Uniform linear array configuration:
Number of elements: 48
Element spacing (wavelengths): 0.25
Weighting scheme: exponential
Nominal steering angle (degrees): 45
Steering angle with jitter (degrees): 44.348
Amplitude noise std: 0.05
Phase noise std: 0.05

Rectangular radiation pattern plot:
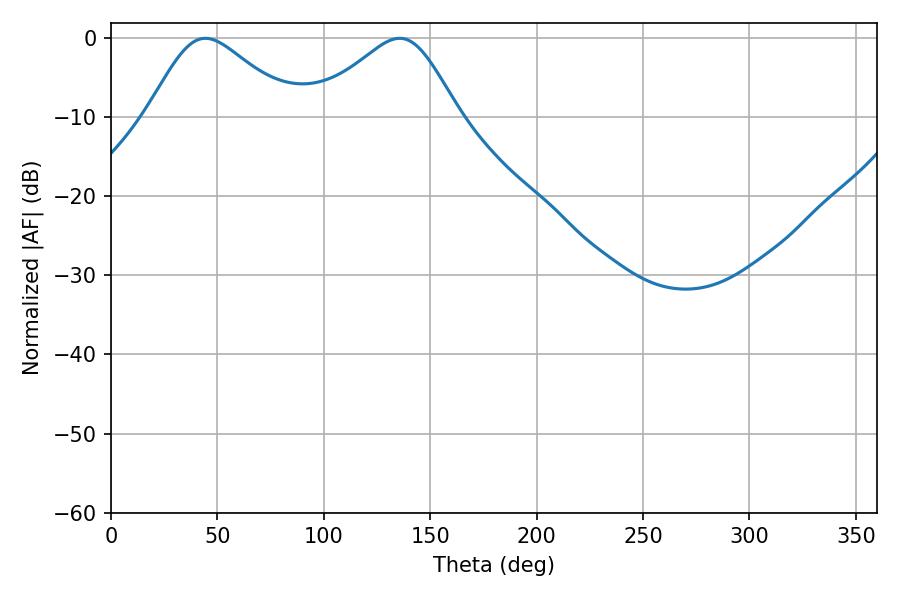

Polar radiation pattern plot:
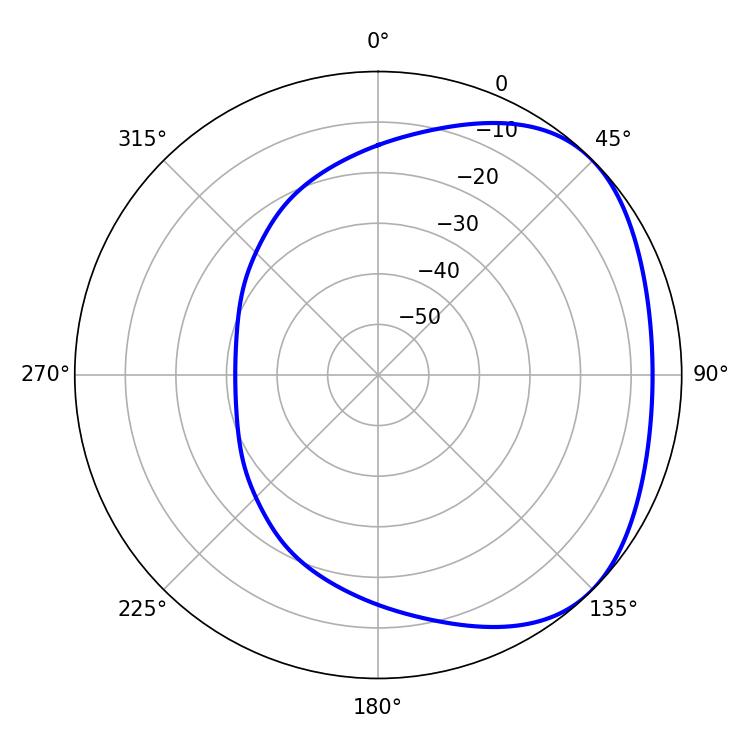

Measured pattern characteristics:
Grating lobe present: FALSE
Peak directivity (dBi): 2.917
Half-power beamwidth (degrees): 34.02
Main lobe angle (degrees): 44.28